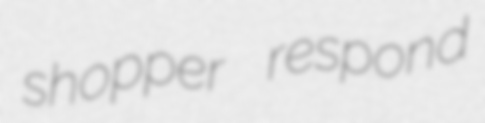
shopper respond